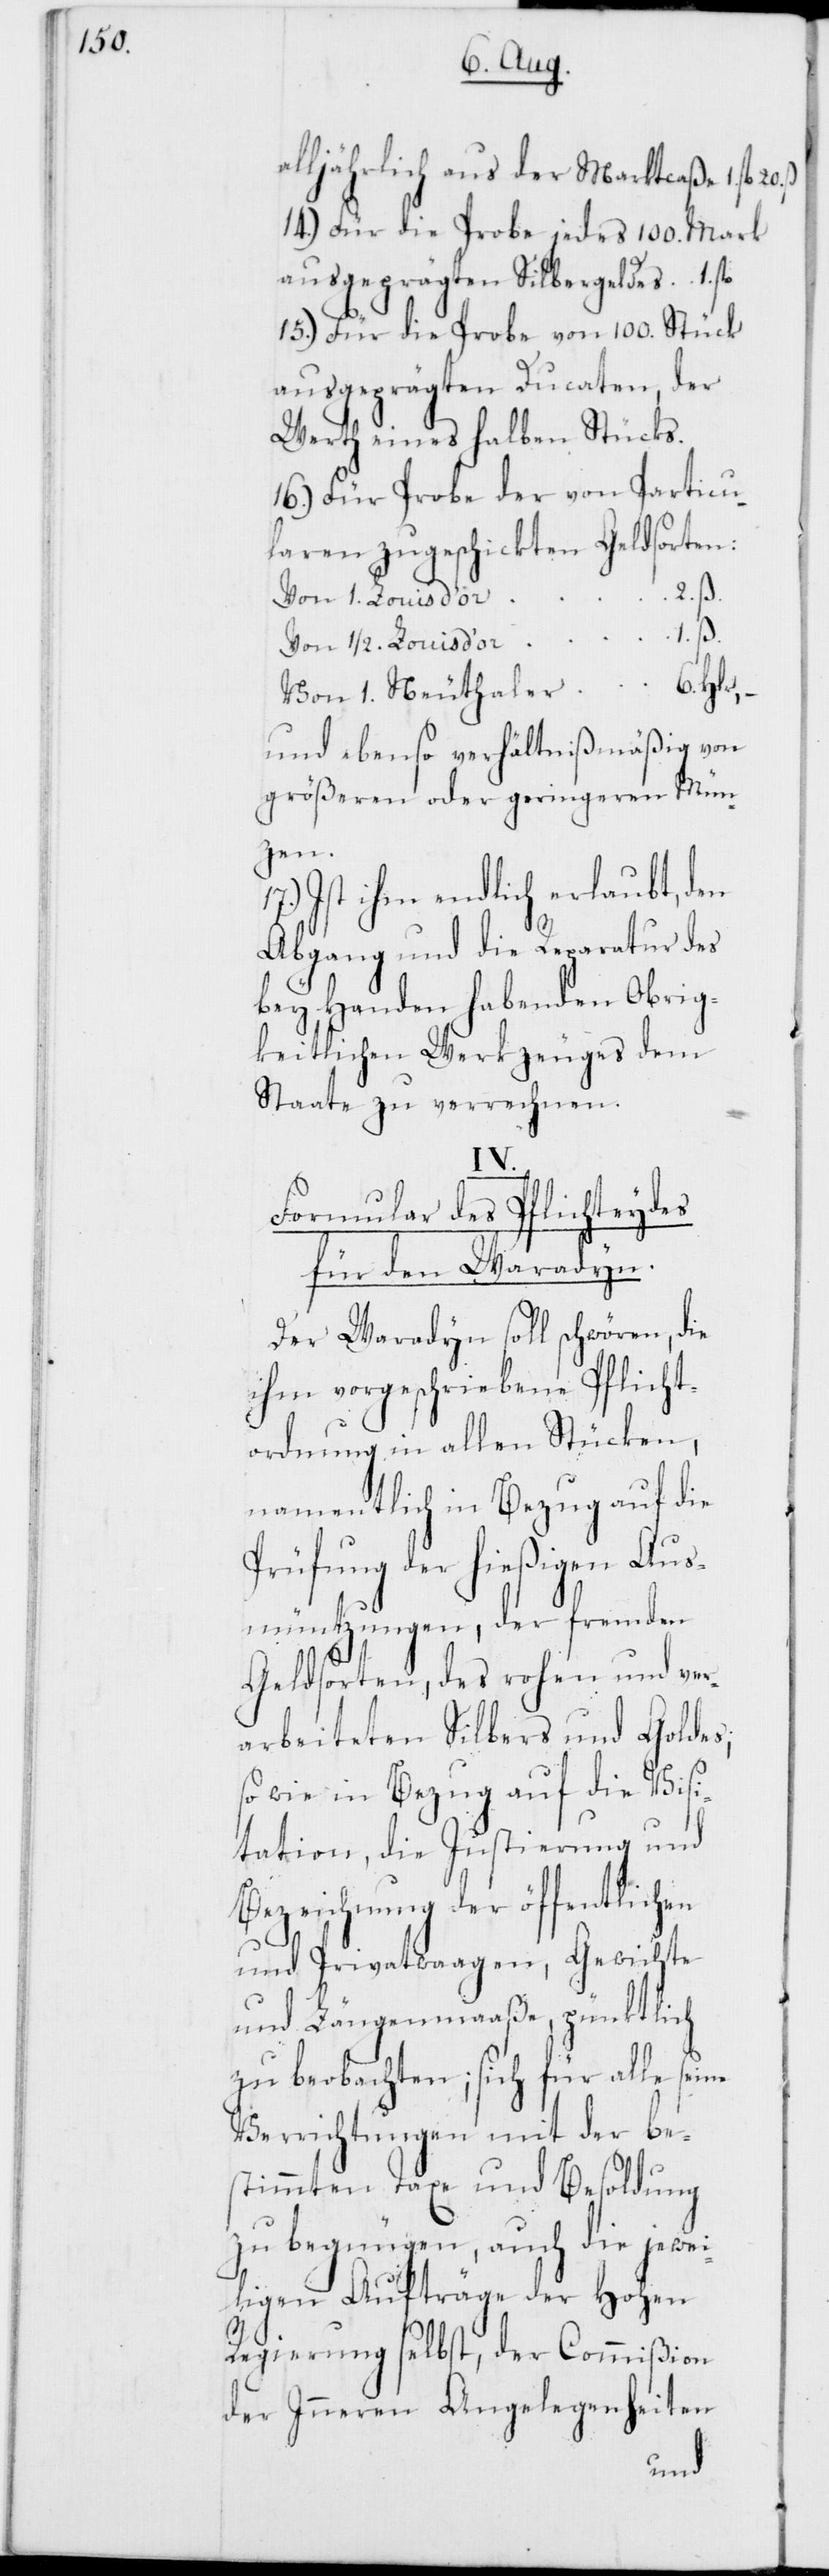
alljährlich aus der Marktcaßa, 1. fl.
14.) Für die Probe jedes 100. Mark
ausgeprägten Silbergeldes, 1. fl.
15.) Für die Probe von 100. Stück
ausgeprägten Ducaten, der
Werth eines halben Stücks.
16.) Für Probe der von Particu¬
laren zugeschickten Geldsorten:
1. ß.
Von 1/2. Louis d’or
6. Hlr,
Von 1. Neuthaler
und ebenso verhältnißmäßig von
größeren oder geringeren Mün¬
zen.
Ist ihm endlich erlaubt, den
Abgang und die Reparatur des
bey Handen habenden Obrig¬
keitlichen Werkzeuges dem
Staate zu verrechnen.
IV.
Formular des Pflichteydes
für den Waradyn.
Der Waradyn soll schwören, die
ihm vorgeschriebene Pflicht¬
ordnung in allen Stücken,
namentlich in Bezug auf die
Prüfung der hießigen Aus¬
müntzungen, der fremden
Geldsorten, des rohen und ver¬
arbeiteten Silbers und Goldes;
so wie in Bezug auf die Visi¬
tation, die Justierung und
Bezeichnung der öffentlichen
und Privatwaagen, Gewichte
und Längenmaaße, pünktlich
zu beobachten; sich für alle seine
Verrichtungen mit der be¬
stimmten Taxe und Besoldung
zu begnügen, auch die jewei¬
ligen Aufträge der Hohen
Regierung selbst, der Commißion
der Inneren Angelegenheiten